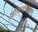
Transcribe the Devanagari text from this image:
डॉकटरांच्या